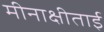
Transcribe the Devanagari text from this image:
मीनाक्षीताई